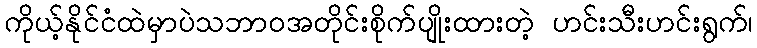
ကိုယ့်နိုင်ငံထဲမှာပဲသဘာဝအတိုင်းစိုက်ပျိုးထားတဲ့ ဟင်းသီးဟင်းရွက်၊